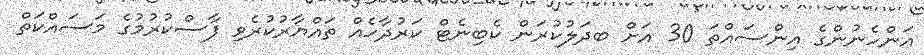
އަންހެނުންގެ އިންސައްތަ 30 އަށް ބދަލުކުރަން ކެބިނެޓް ކަރުދާހެއް ތައްޔާރުކުރެވި ފާސްކުރުމުގެ މަސައްކަތް